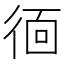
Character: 𭛱